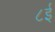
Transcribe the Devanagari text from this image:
८ई